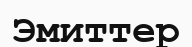
Эмиттер